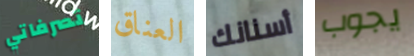
تصرفاتي العناق أسنانك يجوب